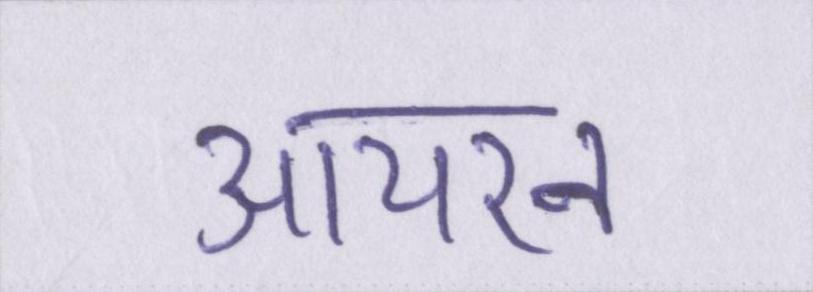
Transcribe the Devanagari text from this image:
आयरन